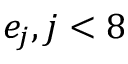
e _ { j } , j < 8